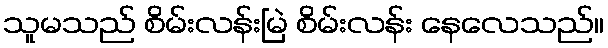
သူမသည် စိမ်းလန်းမြဲ စိမ်းလန်း နေလေသည်။